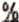
%